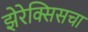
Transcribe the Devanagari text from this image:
झेरेक्सिसचा